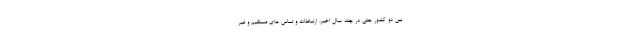
بین دو کشور حتی در چند سال اخیر، ارتباطات و تماس های مستقیم و غیر